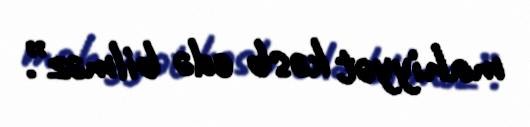
mahiyyət kəsb edə bilməz”.